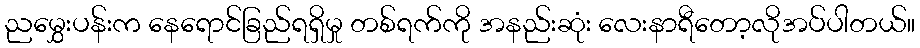
ညမွှေးပန်းက နေရောင်ခြည်ရရှိမှု တစ်ရက်ကို အနည်းဆုံး လေးနာရီတော့လိုအပ်ပါတယ်။